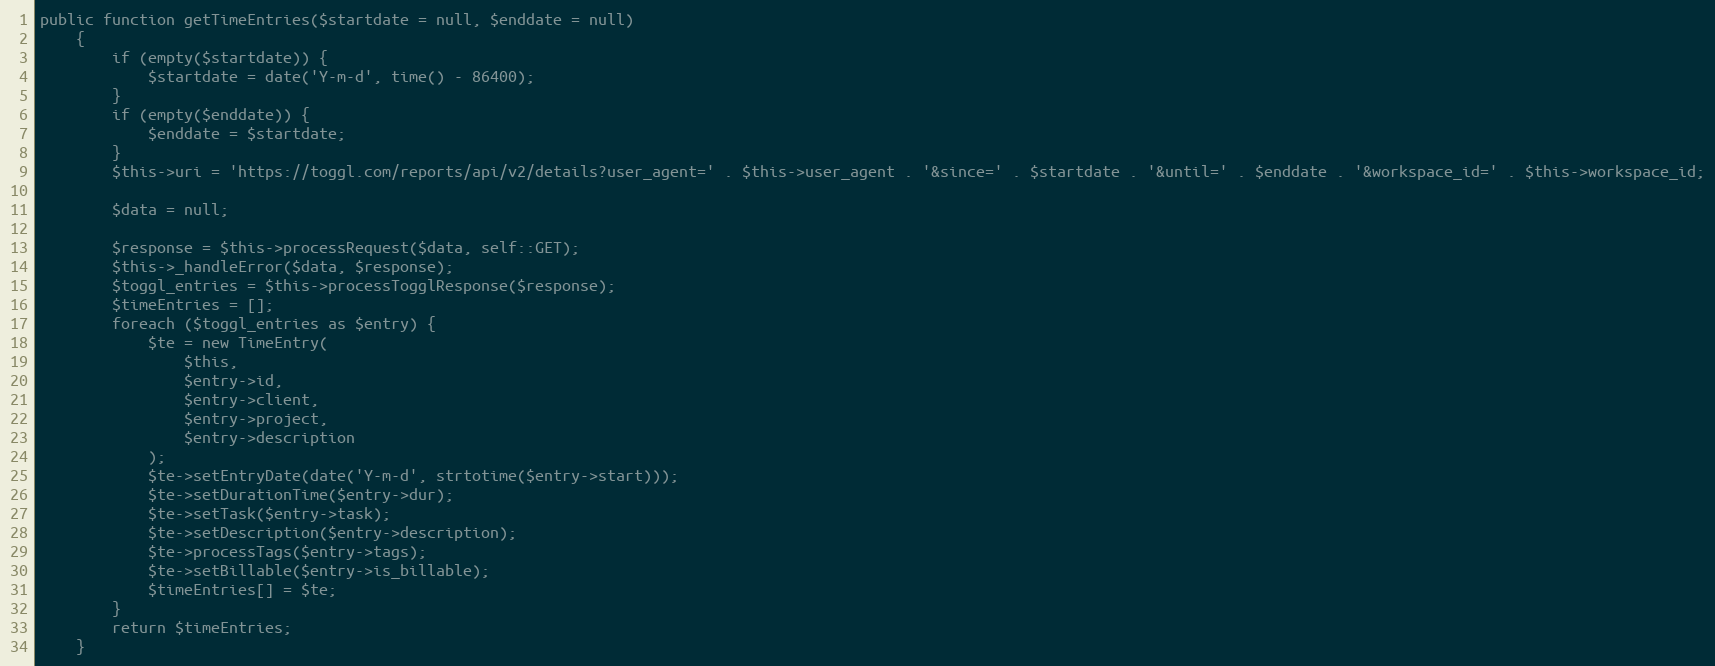
Language: PHP
public function getTimeEntries($startdate = null, $enddate = null)
    {
        if (empty($startdate)) {
            $startdate = date('Y-m-d', time() - 86400);
        }
        if (empty($enddate)) {
            $enddate = $startdate;
        }
        $this->uri = 'https://toggl.com/reports/api/v2/details?user_agent=' . $this->user_agent . '&since=' . $startdate . '&until=' . $enddate . '&workspace_id=' . $this->workspace_id;

        $data = null;

        $response = $this->processRequest($data, self::GET);
        $this->_handleError($data, $response);
        $toggl_entries = $this->processTogglResponse($response);
        $timeEntries = [];
        foreach ($toggl_entries as $entry) {
            $te = new TimeEntry(
                $this,
                $entry->id,
                $entry->client,
                $entry->project,
                $entry->description
            );
            $te->setEntryDate(date('Y-m-d', strtotime($entry->start)));
            $te->setDurationTime($entry->dur);
            $te->setTask($entry->task);
            $te->setDescription($entry->description);
            $te->processTags($entry->tags);
            $te->setBillable($entry->is_billable);
            $timeEntries[] = $te;
        }
        return $timeEntries;
    }